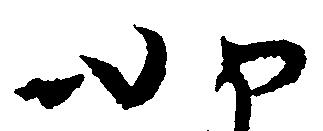
如